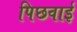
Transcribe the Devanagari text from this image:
पिछवाई